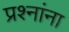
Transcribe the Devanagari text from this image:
प्रश्‍नांना